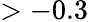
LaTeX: >-0.3